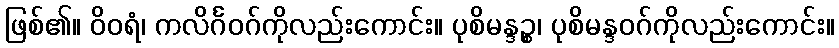
ဖြစ်၏။ ဝိဝရံ၊ ကလိင်္ဂဝဂ်ကိုလည်းကောင်း။ ပုစိမန္ဒဉ္စ၊ ပုစိမန္ဒဝဂ်ကိုလည်းကောင်း။